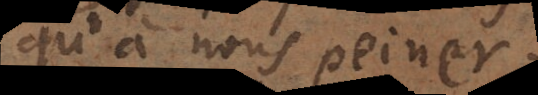
qu’à nous peiner.